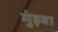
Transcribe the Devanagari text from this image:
मुंड़वा